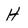
Character: H